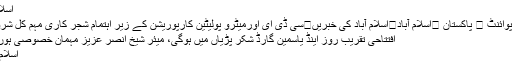
اسلام آباد
اُردو پوائنٹ ⬅ پاکستان ⬅اسلام آباد⬅اسلام آباد کی خبریں⬅سی ڈی ای اورمیٹرو پولیٹین کارپوریشن کے زیر اہتمام شجر کاری مہم کل شروع ..
افتتاحی تقریب روز اینڈ یاسمین گارڈ شکر پڑیاں میں ہوگی، میئر شیخ انصر عزیز مہمان خصوصی ہوں گے
اسلام آباد ۔